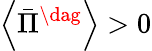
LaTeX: \left\langle{{{\bar{\Pi}}^{\dag}}}\right\rangle>0